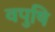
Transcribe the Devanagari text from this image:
वपुषि